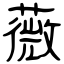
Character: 薇